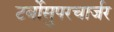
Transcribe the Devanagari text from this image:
टर्बोसुपरचार्जर